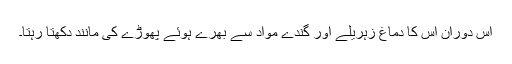
اس دوران اس کا دماغ زہریلے اور گندے مواد سے بھرے ہوئے پھوڑے کی مانند دکھتا رہتا۔